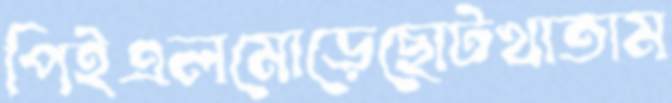
পিইএলমোড়েছোটখাতাম